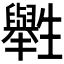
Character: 𤰁